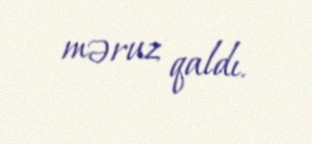
məruz qaldı.